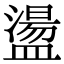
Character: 盪